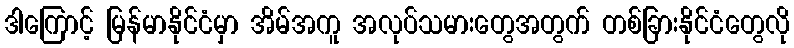
ဒါကြောင့် မြန်မာနိုင်ငံမှာ အိမ်အကူ အလုပ်သမားတွေအတွက် တစ်ခြားနိုင်ငံတွေလို